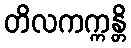
တိလကက္ကန္တိ